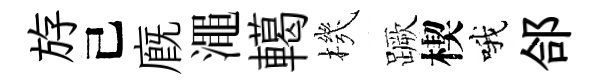
斿己廐澠轕機蹶楔哦郃